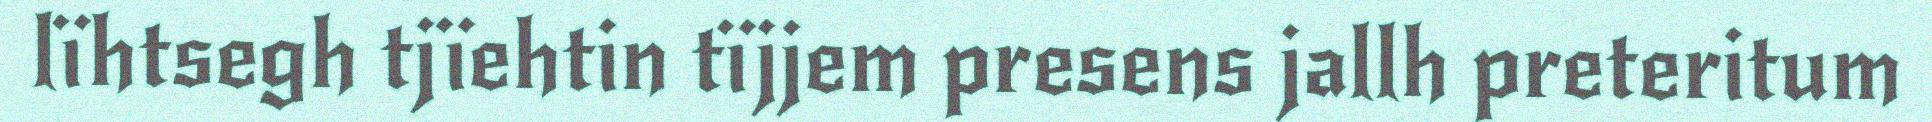
lïhtsegh tjïehtin tïjjem presens jallh preteritum